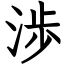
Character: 渉